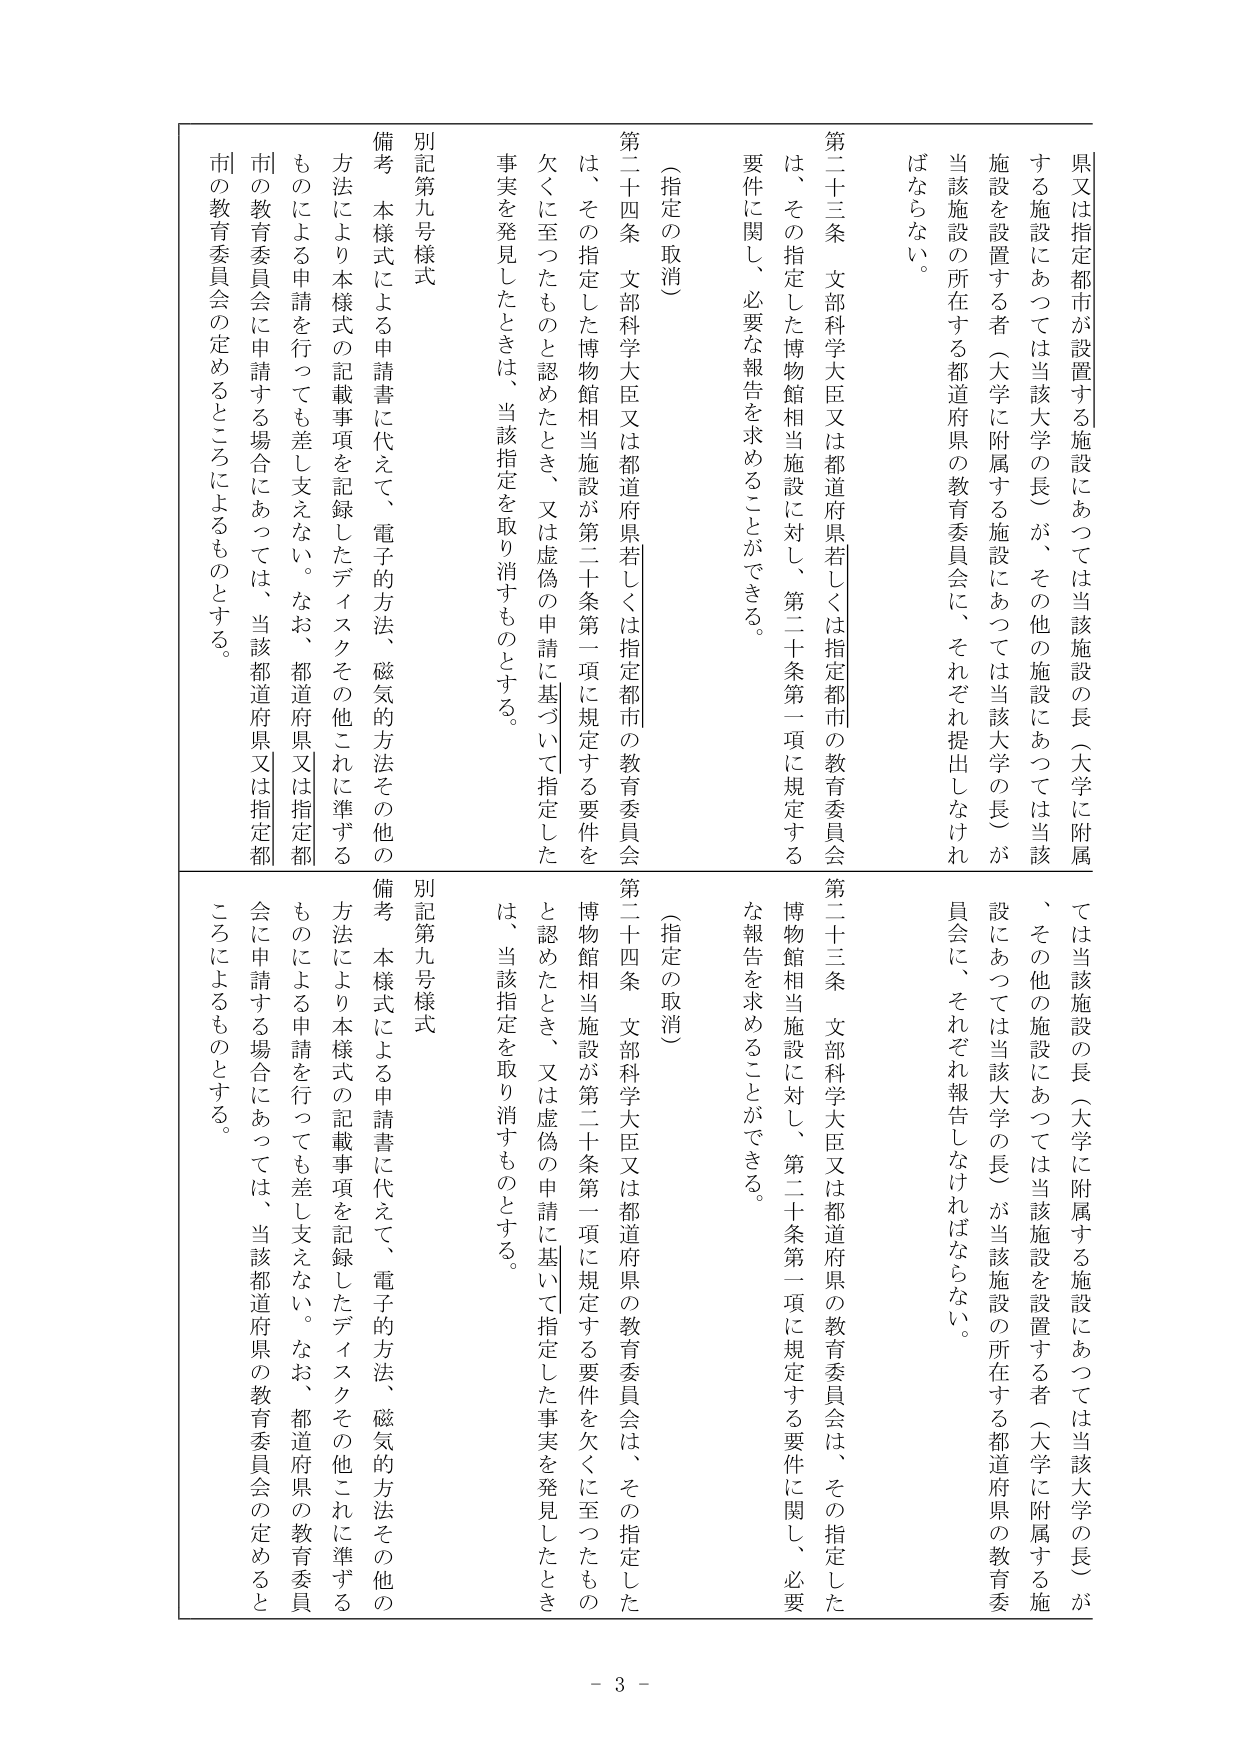
県又は指定都市が設置する施設にあつては当該施設の長（大学に附属する施設にあつては当該大学の長）が、その他の施設にあつては当該施設を設置する者（大学に附属する施設にあつては当該大学の長）が当該施設の所在する都道府県の教育委員会に、それぞれ提出しなければならない。

第二十三条 文部科学大臣又は都道府県若しくは指定都市の教育委員会は、その指定した博物館相当施設に対し、第二十条第一項に規定する要件に関し、必要な報告を求めることができる。

（指定の取消）

第二十四条 文部科学大臣又は都道府県若しくは指定都市の教育委員会は、その指定した博物館相当施設が第二十条第一項に規定する要件を欠くに至ったものと認めたとき、又は虚偽の申請に基づいて指定した事実を発見したときは、当該指定を取り消すものとする。

別記第九号様式

備考 本様式による申請書に代えて、電子的方法、磁気的方法その他の方法により本様式の記載事項を記録したディスクその他これに準ずるものによる申請を行つても差し支えない。なお、都道府県又は指定都市の教育委員会に申請する場合にあつては、当該都道府県又は指定都市の教育委員会の定めるところによるものとする。

ては当該施設の長（大学に附属する施設にあつては当該大学の長）が、その他の施設にあつては当該施設を設置する者（大学に附属する施設にあつては当該大学の長）が当該施設の所在する都道府県の教育委員会に、それぞれ報告しなければならない。

第二十三条 文部科学大臣又は都道府県の教育委員会は、その指定した博物館相当施設に対し、第二十条第一項に規定する要件に関し、必要な報告を求めることができる。

（指定の取消）

第二十四条 文部科学大臣又は都道府県の教育委員会は、その指定した博物館相当施設が第二十条第一項に規定する要件を欠くに至ったものと認めたとき、又は虚偽の申請に基づいて指定した事実を発見したときは、当該指定を取り消すものとする。

別記第九号様式

備考 本様式による申請書に代えて、電子的方法、磁気的方法その他の方法により本様式の記載事項を記録したディスクその他これに準ずるものによる申請を行つても差し支えない。なお、都道府県の教育委員会に申請する場合にあつては、当該都道府県の教育委員会の定めるところによるものとする。

- 3 -